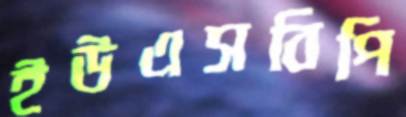
ইউএসবিপি